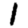
Digit: 1